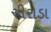
ચીરોડા